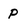
Character: p